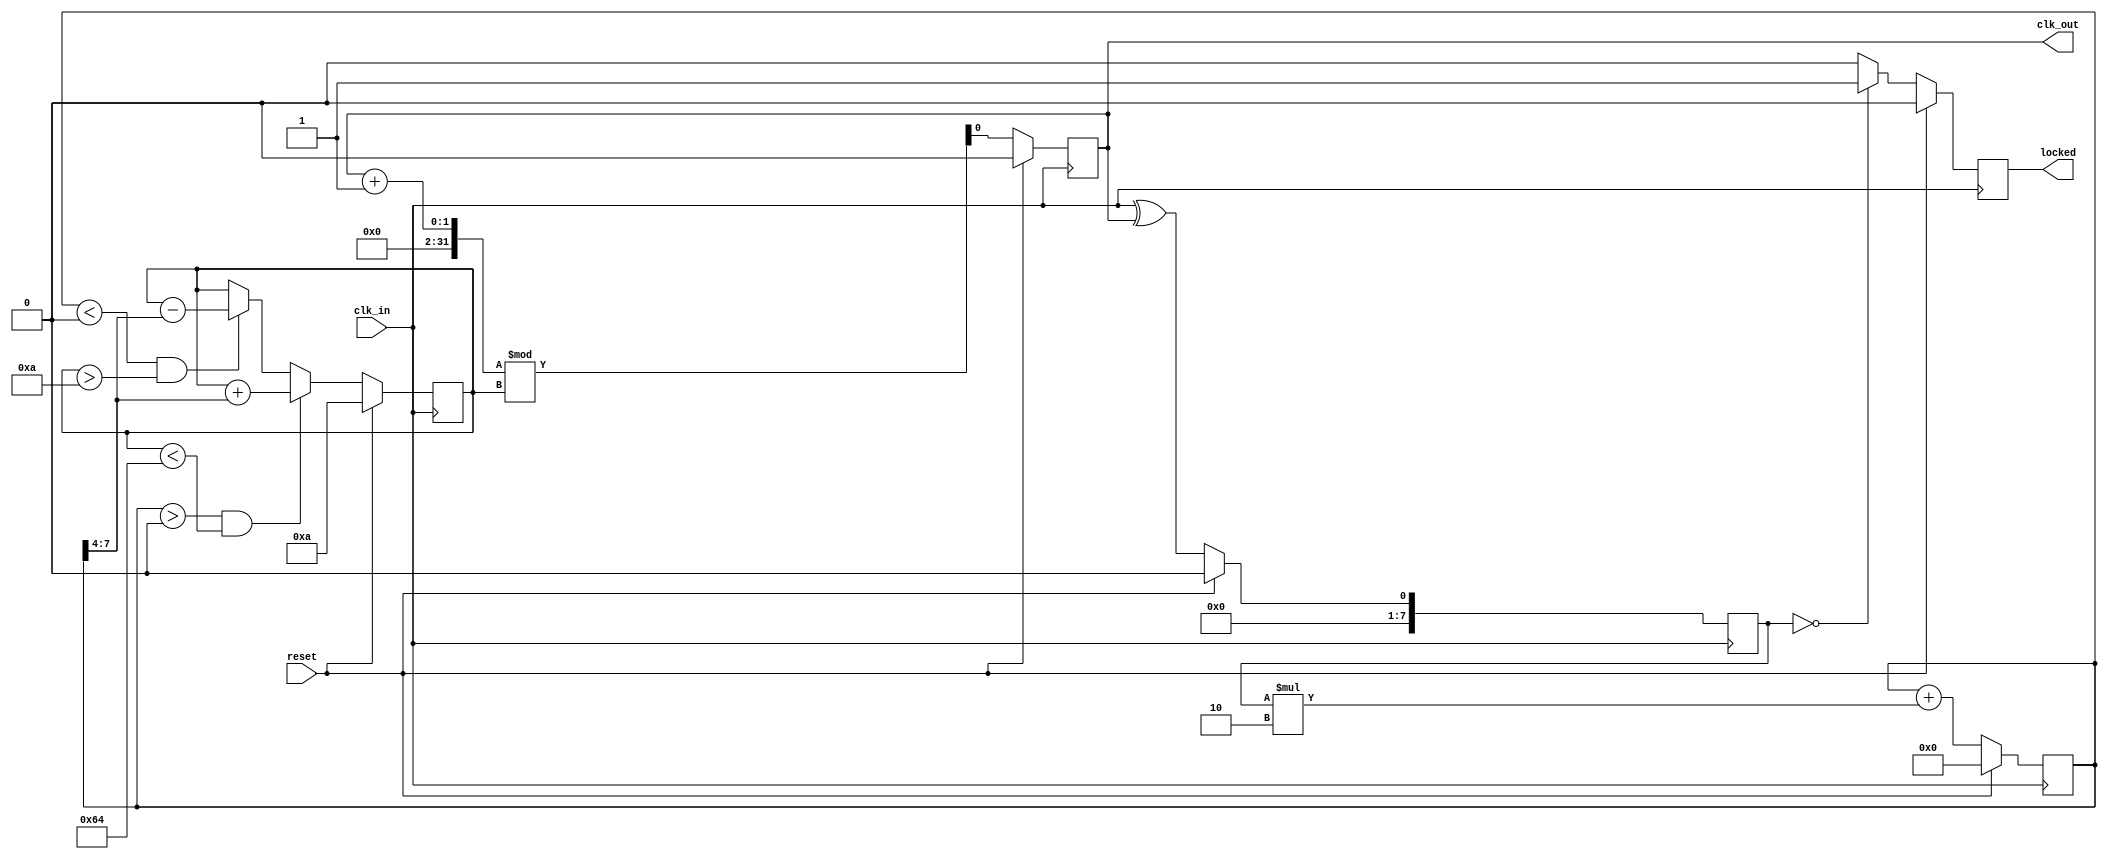
module pll (
    input wire clk_in,        // Incoming clock signal (data stream)
    input wire reset,         // Asynchronous reset
    output reg clk_out,       // Output clock signal
    output reg locked         // Output lock status
);

    // Parameters for VCO control and loop filter
    parameter VCO_MAX_FREQ = 100; // Maximum frequency of VCO
    parameter VCO_MIN_FREQ = 10;   // Minimum frequency of VCO
    parameter LOOP_FILTER_GAIN = 2; // Gain of the loop filter

    // Internal signals
    reg [7:0] vco_freq;          // VCO frequency control
    reg [7:0] phase_error;       // Phase error signal
    reg [7:0] loop_filter_out;   // Output of the loop filter
    reg [7:0] phase_memory [0:3]; // Memory blocks to store phase information
    integer i;

    // Phase Detector: Simple XOR for phase comparison
    always @(posedge clk_in) begin
        if (reset) begin
            phase_error <= 0;
            for (i = 0; i < 4; i = i + 1) begin
                phase_memory[i] <= 0; // Initialize memory
            end
        end else begin
            // Simple phase detection logic
            phase_error <= $unsigned(clk_in) ^ $unsigned(clk_out);
            // Store phase information in memory
            phase_memory[0] <= phase_memory[1];
            phase_memory[1] <= phase_memory[2];
            phase_memory[2] <= phase_memory[3];
            phase_memory[3] <= phase_error;
        end
    end

    // Loop Filter: Simple first-order filter
    always @(posedge clk_in) begin
        if (reset) begin
            loop_filter_out <= 0;
        end else begin
            loop_filter_out <= loop_filter_out + (phase_error * LOOP_FILTER_GAIN);
        end
    end

    // VCO: Simple model of a voltage-controlled oscillator
    always @(posedge clk_in) begin
        if (reset) begin
            vco_freq <= VCO_MIN_FREQ; // Start at minimum frequency
            clk_out <= 0;
            locked <= 0;
        end else begin
            // Adjust VCO frequency based on loop filter output
            if (loop_filter_out > 0 && vco_freq < VCO_MAX_FREQ) begin
                vco_freq <= vco_freq + (loop_filter_out >> 4); // Adjust frequency
            end else if (loop_filter_out < 0 && vco_freq > VCO_MIN_FREQ) begin
                vco_freq <= vco_freq - (loop_filter_out >> 4); // Adjust frequency
            end
            
            // Generate output clock based on VCO frequency
            clk_out <= (clk_out + 1) % vco_freq;
            
            // Lock detection logic
            if (phase_error == 0) begin
                locked <= 1; // Locked state
            end else begin
                locked <= 0; // Not locked
            end
        end
    end

endmodule